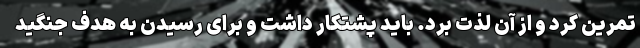
تمرین کرد و از آن لذت برد. باید پشتکار داشت و برای رسیدن به هدف جنگید